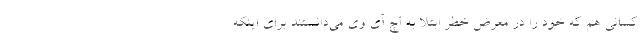
کسانی هم که خود را در معرض خطر ابتلا به اچ آی وی می‌دانستند برای اینکه